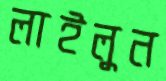
লাইলুন